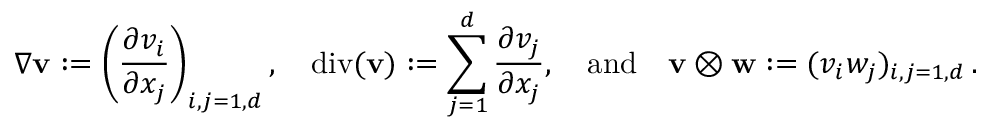
\nabla { \mathbf { v } } : = \left( \frac { \partial v _ { i } } { \partial x _ { j } } \right) _ { i , j = 1 , d } , \quad \mathrm { d i v } ( { \mathbf { v } } ) : = \sum _ { j = 1 } ^ { d } \frac { \partial v _ { j } } { \partial x _ { j } } , { \quad \mathrm { a n d } \quad } { \mathbf { v } } \otimes { \mathbf { w } } : = ( v _ { i } w _ { j } ) _ { i , j = 1 , d } \, .